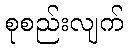
စုစည်းလျက်